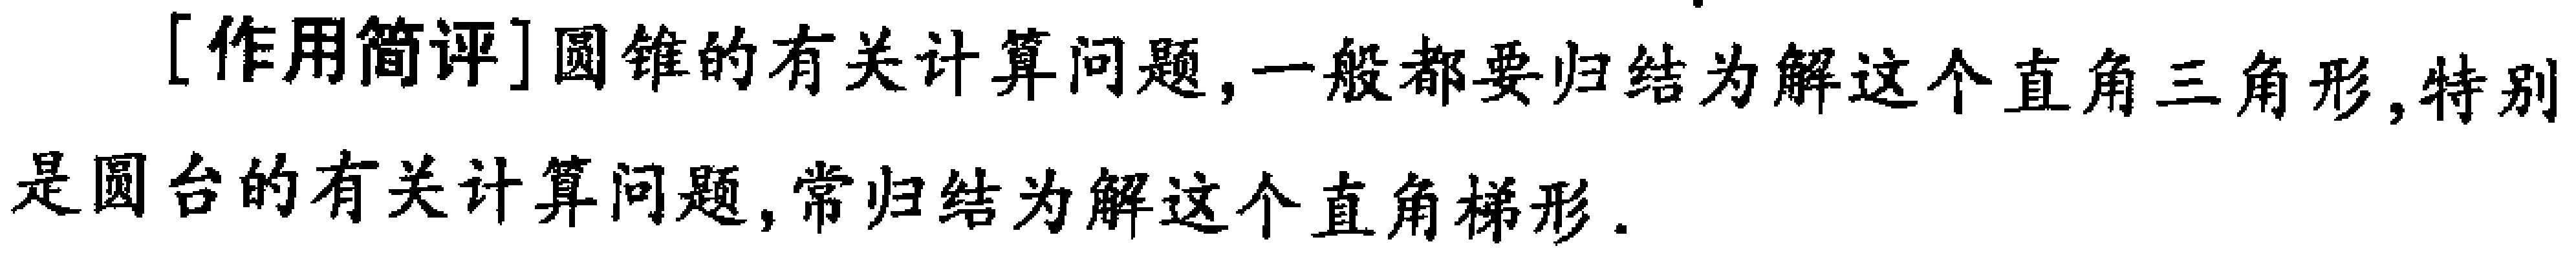
[作用简评]圆锥的有关计算问题,一般都要归结为解这个直角三角形,特别是圆台的有关计算问题,常归结为解这个直角梯形.